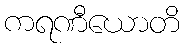
ကရဏီယောတိ